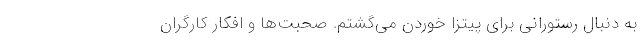
به دنبال رستورانی برای پیتزا خوردن می‌گشتم. صحبت‌ها و افکار کارگران